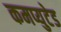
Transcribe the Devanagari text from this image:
कमप्युटेड